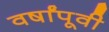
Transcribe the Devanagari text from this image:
वर्षांपूवी